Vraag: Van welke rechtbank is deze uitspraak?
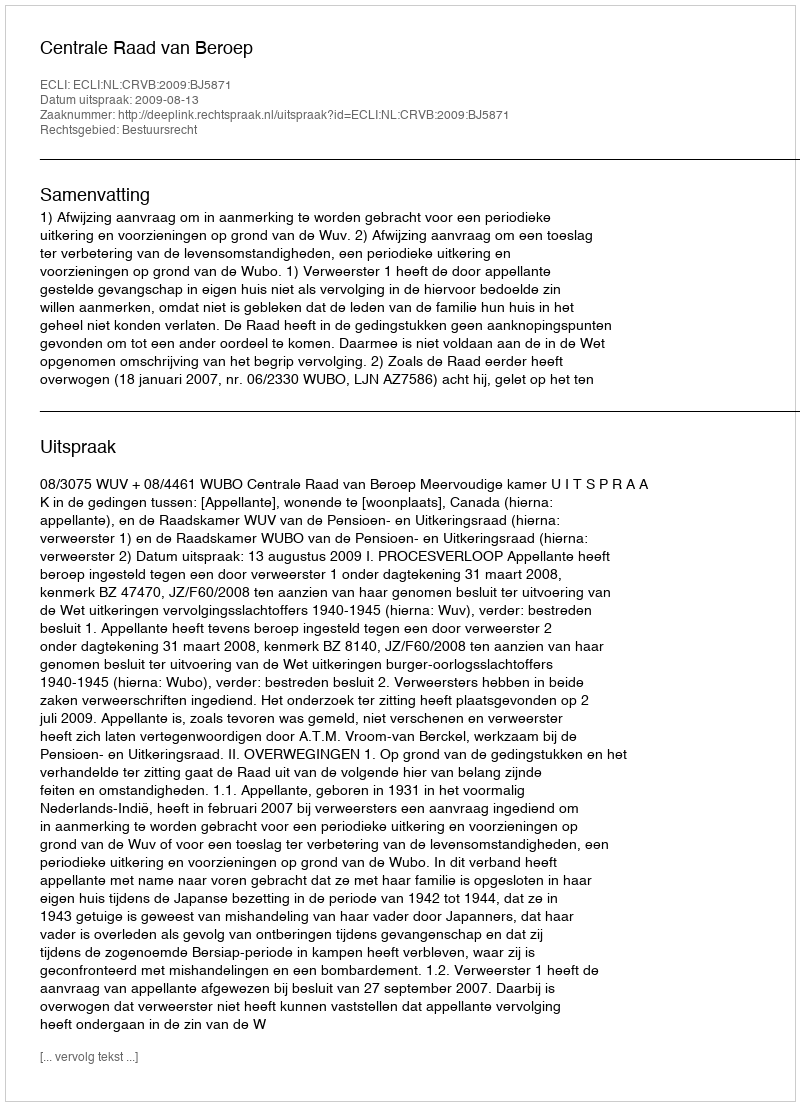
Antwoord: Centrale Raad van Beroep